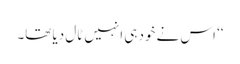
‘‘ اس نے خود ہی انہیں ٹال دیا تھا۔